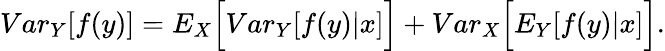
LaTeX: \begin{array}{r}{{Var}_{Y}[f(y)]={E}_{X}\Big[{Var}_{Y}[f(y)|x]\Big]+{Var}_{X}\Big[{E}_{Y}[f(y)|x]\Big].}\end{array}